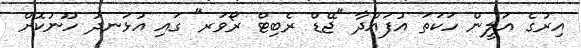
އިރުގެ އަލީން ހަކަތަ އުފައްދާ "ޖޭޑް ރެބިޓް ރޯވަރ" ގައި އުޅަނދު ހޫނުކޮށް